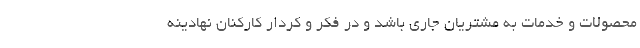
محصولات و خدمات به مشتریان جاری باشد و در فکر و کردار کارکنان نهادینه